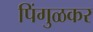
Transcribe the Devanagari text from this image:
पिंगुळकर